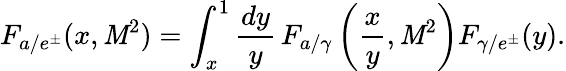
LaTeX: F_{a/e^{\pm}}(x,\mathit{M}^{2})=\int_{x}^{1}\frac{{dy}}{{y}}\, F_{a/\gamma}\left(\frac{{x}}{{y}},\mathit{M}^{2}\right)F_{\gamma/e^{\pm}}(y).